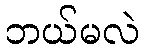
ဘယ်မလဲ